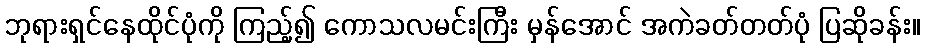
ဘုရားရှင်နေထိုင်ပုံကို ကြည့်၍ ကောသလမင်းကြီး မှန်အောင် အကဲခတ်တတ်ပုံ ပြဆိုခန်း။